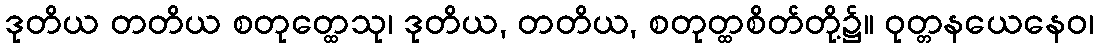
ဒုတိယ တတိယ စတုတ္ထေသု၊ ဒုတိယ, တတိယ, စတုတ္ထစိတ်တို့၌။ ဝုတ္တနယေနေဝ၊